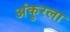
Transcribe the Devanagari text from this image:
अंकुरला